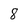
Character: 8